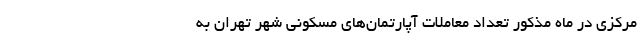
مرکزی در ماه مذکور تعداد معاملات آپارتمان‌های مسکونی شهر تهران به